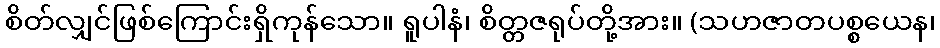
စိတ်လျှင်ဖြစ်ကြောင်းရှိကုန်သော။ ရူပါနံ၊ စိတ္တဇရုပ်တို့အား။ (သဟဇာတပစ္စယေန၊